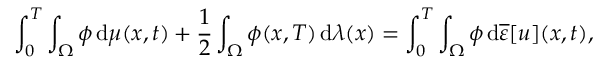
\int _ { 0 } ^ { T } \int _ { \Omega } \phi \, \mathrm { d } \mu ( x , t ) + \frac 1 2 \int _ { \Omega } \phi ( x , T ) \, \mathrm { d } \lambda ( x ) = \int _ { 0 } ^ { T } \int _ { \Omega } \phi \, \mathrm { d } \overline { \varepsilon } [ u ] ( x , t ) ,